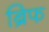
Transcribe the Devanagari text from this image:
ब्रिफ